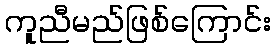
ကူညီမည်ဖြစ်ကြောင်း